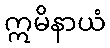
ဣမိနာယံ